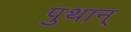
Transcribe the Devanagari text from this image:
पुथान्